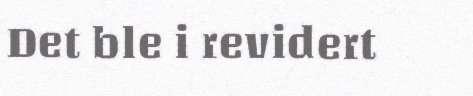
Det ble i revidert